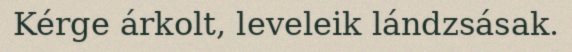
Kérge árkolt, leveleik lándzsásak.